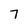
Character: 7